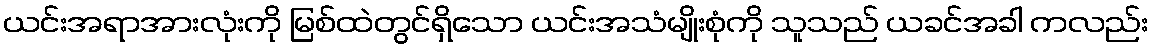
ယင်းအရာအားလုံးကို မြစ်ထဲတွင်ရှိသော ယင်းအသံမျိုးစုံကို သူသည် ယခင်အခါ ကလည်း